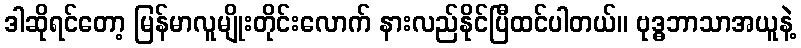
ဒါဆိုရင်တော့ မြန်မာလူမျိုးတိုင်းလောက် နားလည်နိုင်ပြီထင်ပါတယ်။ ဗုဒ္ဓဘာသာအယူနဲ့